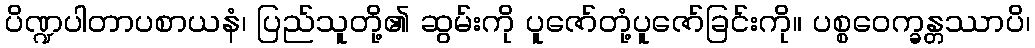
ပိဏ္ဍပါတာပစာယနံ၊ ပြည်သူတို့၏ ဆွမ်းကို ပူဇော်တုံ့ပူဇော်ခြင်းကို။ ပစ္စဝေက္ခန္တဿာပိ၊